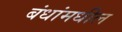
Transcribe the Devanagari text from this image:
बंधांमधील